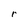
Character: r